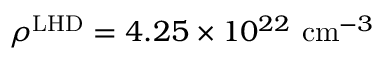
\rho ^ { \mathrm { L H D } } = 4 . 2 5 \times 1 0 ^ { 2 2 } \ \mathrm { c m } ^ { - 3 }